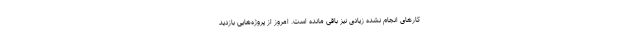
کارهای انجام نشده زیادی نیز باقی مانده است. امروز از پروژه‌هایی بازدید